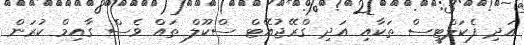
އަދި ފެކަލްޓީސް ތަކާއި އަދި ގްރޭޖުއޭޓް ސްކޫލް ތައް ވެސް ގާއިމް ކުރަން